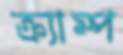
ক্র্যাম্প